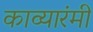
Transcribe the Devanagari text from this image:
काव्यारंमी